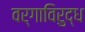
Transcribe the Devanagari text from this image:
वर्गाविरुद्ध